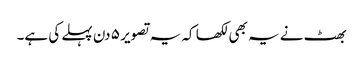
بھٹ نے یہ بھی لکھا کہ یہ تصویر ٥ دن پہلے کی ہے۔